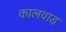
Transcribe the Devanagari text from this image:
कालवाड़